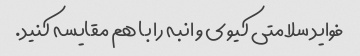
فواید سلامتی کیوی و انبه را با هم مقایسه کنید.